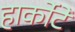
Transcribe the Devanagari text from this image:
हार्कोटे